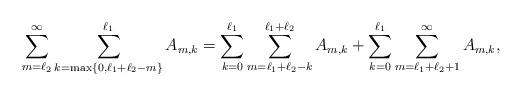
LaTeX: \begin{align*}\sum_{m=\ell_2}^{\infty}\sum_{k=\max\{0,\ell_1+\ell_2-m\}}^{\ell_1}A_{m,k}=\sum_{k=0}^{\ell_1}\sum_{m=\ell_1+\ell_2-k}^{\ell_1+\ell_2}A_{m,k}+\sum_{k=0}^{\ell_1}\sum_{m=\ell_1+\ell_2+1}^{\infty}A_{m,k},\end{align*}